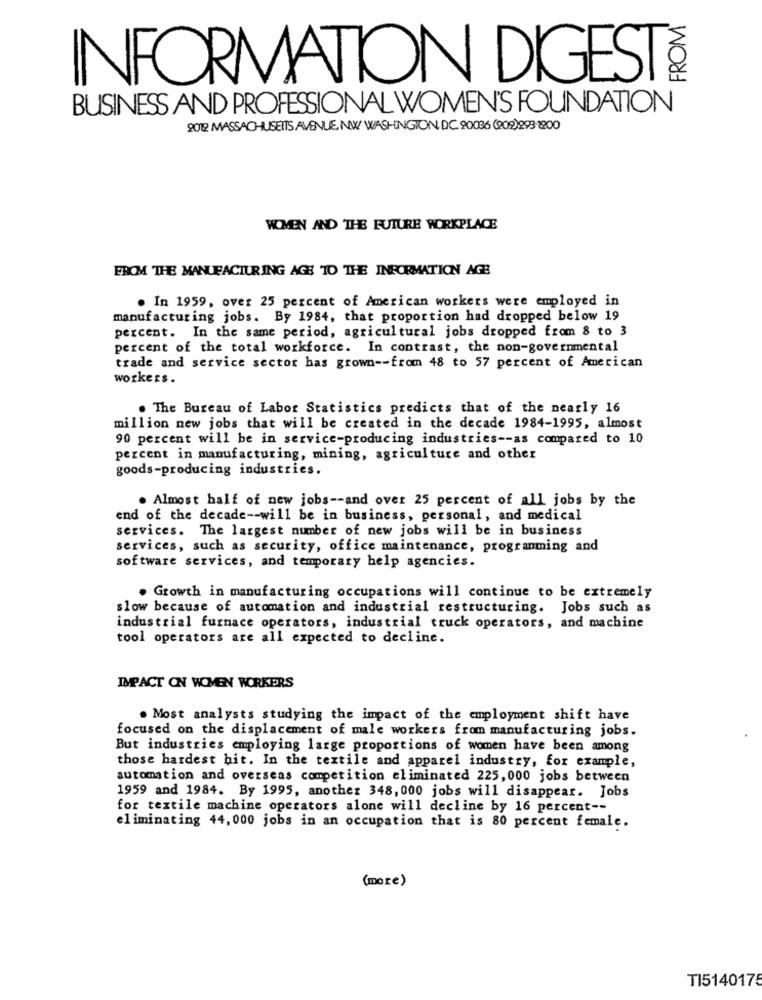
INFORMATION DIGEST
BUSINESS AND PROFESSIONAL WOMEN'S FOUNDATION
9012 MASSACHUSETTS AVENUE, NW WASHINGTON, DC. 90036 (909)293 1200
WOMEN AND THE FUTURE WORKPLACE
FROM THE MANUFACTURING AGS TO THE INFORMATION AGE
. In 1959, over 25 percent of American workers were employed in
manufacturing jobs. By 1984, that proportion had dropped below 19
percent. In the same period, agricultural jobs dropped from 8 to 3
percent of the total workforce. In contrast, the non-governmental
trade and service sector has grown -- from 48 to 57 percent of American
workers.
. The Bureau of Labor Statistics predicts that of the nearly 16
million new jobs that will be created in the decade 1984-1995, almost
90 percent will be in service-producing industries -- as compared to 10
percent in manufacturing, mining, agriculture and other
goods-producing industries.
. Almost half of new jobs -- and over 25 percent of all jobs by the
end of the decade -- will be in business, personal, and medical
services. The largest number of new jobs will be in business
services, such as security, office maintenance, programming and
software services, and temporary help agencies.
. Growth in manufacturing occupations will continue to be extremely
slow because of automation and industrial restructuring. Jobs such as
industrial furnace operators, industrial truck operators, and machine
tool operators are all expected to decline.
IMPACT ON WOMEN WORKERS
. Most analysts studying the impact of the employment shift have
focused on the displacement of male workers from manufacturing jobs.
But industries employing large proportions of women have been among
those hardest hit. In the textile and apparel industry, for example,
automation and overseas competition eliminated 225,000 jobs between
1959 and 1984. By 1995, another 348, 000 jobs will disappear. Jobs
for textile machine operators alone will decline by 16 percent --
eliminating 44,000 jobs in an occupation that is 80 percent female.
(more)
TI5140175